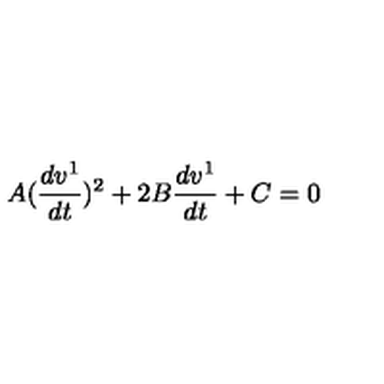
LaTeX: A ( \frac { d v ^ { 1 } } { d t } ) ^ { 2 } + 2 B \frac { d v ^ { 1 } } { d t } + C = 0